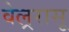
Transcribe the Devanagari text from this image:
वेल्ररासू